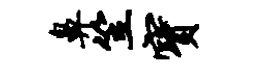
鼻笠宝